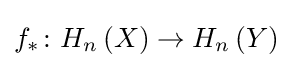
f_{*}\colon H_{n}\left(X\right)\rightarrow H_{n}\left(Y\right)